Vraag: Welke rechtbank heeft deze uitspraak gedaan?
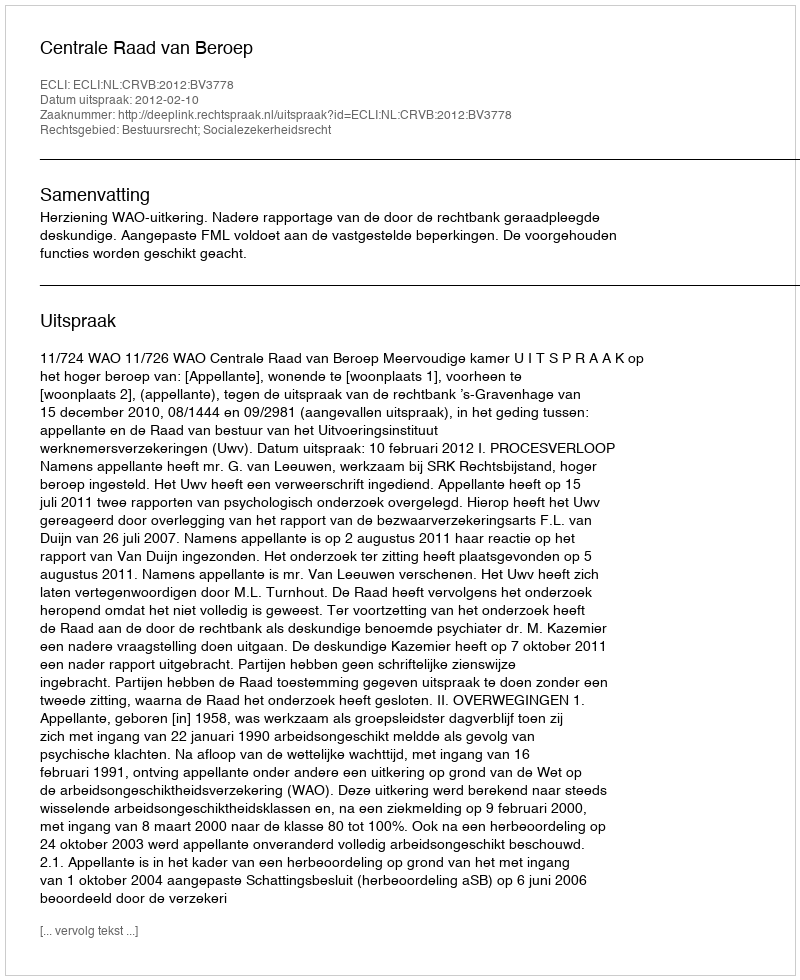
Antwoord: Centrale Raad van Beroep